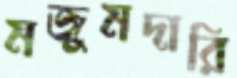
মজুমদারি